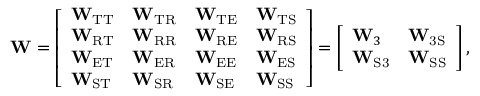
\mathbf { W } = \left[ \begin{array} { l l l l } { \mathbf { W } _ { \mathrm { T T } } } & { \mathbf { W } _ { \mathrm { T R } } } & { \mathbf { W } _ { \mathrm { T E } } } & { \mathbf { W } _ { \mathrm { T S } } } \\ { \mathbf { W } _ { \mathrm { R T } } } & { \mathbf { W } _ { \mathrm { R R } } } & { \mathbf { W } _ { \mathrm { R E } } } & { \mathbf { W } _ { \mathrm { R S } } } \\ { \mathbf { W } _ { \mathrm { E T } } } & { \mathbf { W } _ { \mathrm { E R } } } & { \mathbf { W } _ { \mathrm { E E } } } & { \mathbf { W } _ { \mathrm { E S } } } \\ { \mathbf { W } _ { \mathrm { S T } } } & { \mathbf { W } _ { \mathrm { S R } } } & { \mathbf { W } _ { \mathrm { S E } } } & { \mathbf { W } _ { \mathrm { S S } } } \end{array} \right] = \left[ \begin{array} { l l } { \mathbf { W } _ { 3 } } & { \mathbf { W } _ { \mathrm { 3 S } } } \\ { \mathbf { W } _ { \mathrm { S 3 } } } & { \mathbf { W } _ { \mathrm { S S } } } \end{array} \right] ,